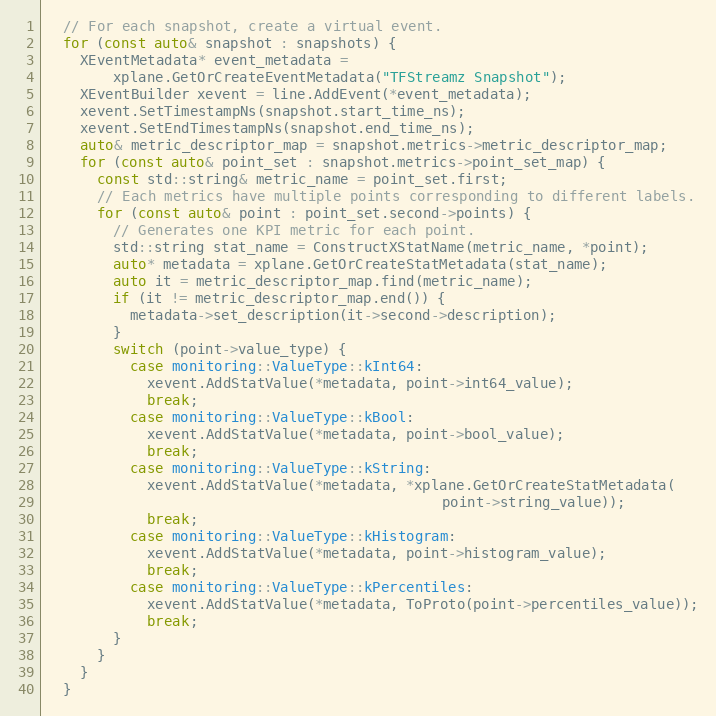
Language: C++
  // For each snapshot, create a virtual event.
  for (const auto& snapshot : snapshots) {
    XEventMetadata* event_metadata =
        xplane.GetOrCreateEventMetadata("TFStreamz Snapshot");
    XEventBuilder xevent = line.AddEvent(*event_metadata);
    xevent.SetTimestampNs(snapshot.start_time_ns);
    xevent.SetEndTimestampNs(snapshot.end_time_ns);
    auto& metric_descriptor_map = snapshot.metrics->metric_descriptor_map;
    for (const auto& point_set : snapshot.metrics->point_set_map) {
      const std::string& metric_name = point_set.first;
      // Each metrics have multiple points corresponding to different labels.
      for (const auto& point : point_set.second->points) {
        // Generates one KPI metric for each point.
        std::string stat_name = ConstructXStatName(metric_name, *point);
        auto* metadata = xplane.GetOrCreateStatMetadata(stat_name);
        auto it = metric_descriptor_map.find(metric_name);
        if (it != metric_descriptor_map.end()) {
          metadata->set_description(it->second->description);
        }
        switch (point->value_type) {
          case monitoring::ValueType::kInt64:
            xevent.AddStatValue(*metadata, point->int64_value);
            break;
          case monitoring::ValueType::kBool:
            xevent.AddStatValue(*metadata, point->bool_value);
            break;
          case monitoring::ValueType::kString:
            xevent.AddStatValue(*metadata, *xplane.GetOrCreateStatMetadata(
                                               point->string_value));
            break;
          case monitoring::ValueType::kHistogram:
            xevent.AddStatValue(*metadata, point->histogram_value);
            break;
          case monitoring::ValueType::kPercentiles:
            xevent.AddStatValue(*metadata, ToProto(point->percentiles_value));
            break;
        }
      }
    }
  }